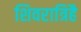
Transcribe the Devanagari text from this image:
शिवरात्रिहै